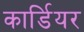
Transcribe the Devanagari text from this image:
कार्डियर